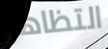
التظاهر